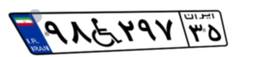
۹۸W۲۹۷۳۵